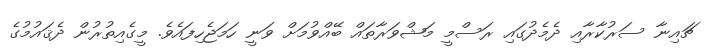
ޗައިނާ ސަރުކާރާއި ދެމެދުގައި ރަސްމީ މަޝްވަރާތައް ބޭއްވުމަށް ވަނީ ހަމަޖެހިފައެވެ. މީގެއިތުރުން ދެޤައުމުގެ